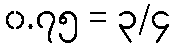
၀.၇၅ = ၃/၄